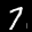
Label: 7